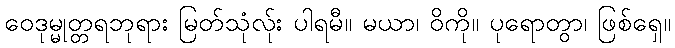
ဝေဒုမ္မုတ္တရဘုရား မြတ်သုံလ်ုး ပါရမီ။ မယာ၊ ဝိကို။ ပုရောတွာ၊ ဖြစ်ရှေ။